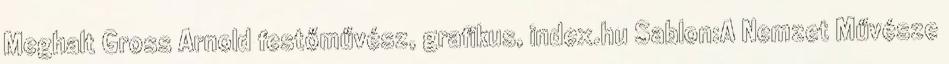
Meghalt Gross Arnold festőművész, grafikus, index.hu Sablon:A Nemzet Művésze